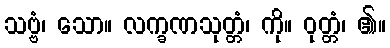
သဗ္ဗံ၊ သော။ လက္ခဏသုတ္တံ၊ ကို။ ဝုတ္တံ၊ ၏။